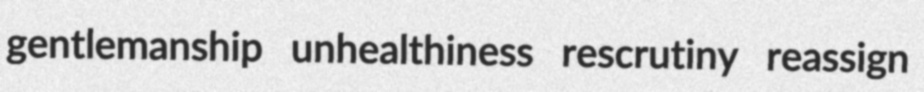
gentlemanship unhealthiness rescrutiny reassign